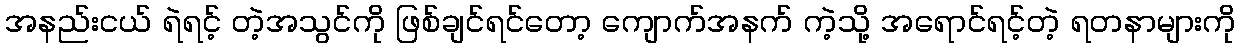
အနည်းငယ် ရဲရင့် တဲ့အသွင်ကို ဖြစ်ချင်ရင်တော့ ကျောက်အနက် ကဲ့သို့ အရောင်ရင့်တဲ့ ရတနာများကို